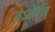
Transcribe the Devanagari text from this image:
तेऽहोरात्र